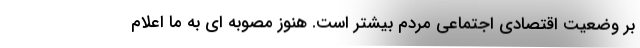
بر وضعیت اقتصادی اجتماعی مردم بیشتر است. هنوز مصوبه ای به ما اعلام